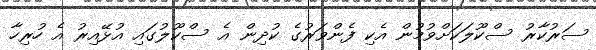
ސަރުކާރު ސްކޫލަކަށްވުމުން އެކި ފެންވަރުގެ ކުދިން އެ ސްކޫލުގައި އުޅޭއިރު އެ ހުރިހާ